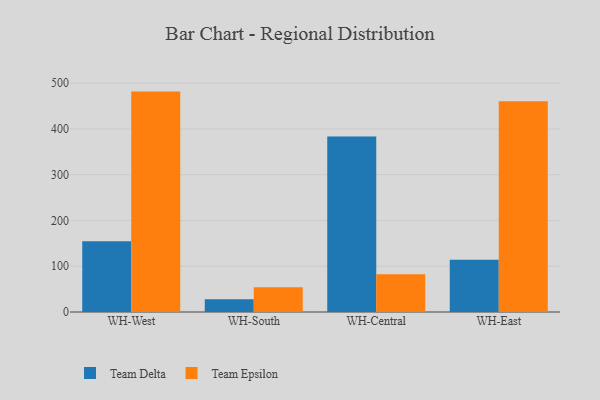
{"axis": {"x": "Warehouse", "y": "Shipments"}, "legend": ["Team Delta", "Team Epsilon"], "data": [{"x": "WH-West", "y": 154.7, "type": "Team Delta"}, {"x": "WH-West", "y": 481.6, "type": "Team Epsilon"}, {"x": "WH-South", "y": 28.1, "type": "Team Delta"}, {"x": "WH-South", "y": 54.1, "type": "Team Epsilon"}, {"x": "WH-Central", "y": 383.7, "type": "Team Delta"}, {"x": "WH-Central", "y": 82.7, "type": "Team Epsilon"}, {"x": "WH-East", "y": 114.2, "type": "Team Delta"}, {"x": "WH-East", "y": 460.7, "type": "Team Epsilon"}]}